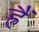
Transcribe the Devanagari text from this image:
ह्रैं